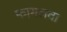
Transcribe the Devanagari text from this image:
फागलवा